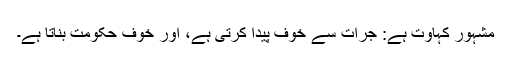
مشہور کہاوت ہے: جرات سے خوف پیدا کرتی ہے، اور خوف حکومت بناتا ہے۔